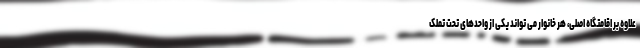
علاوه بر اقامتگاه اصلی، هر خانوار می تواند یکی از واحدهای تحت تملک